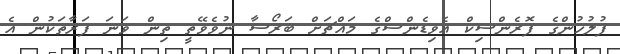
ފުލުހުންގެ ފޮރެންސިކް އެވިޑެންސްގެ މައްޗަށް ބަރޯސާ ނުވެވޭތީ ތިން ވަނަ ފަރާތަކުން އެ